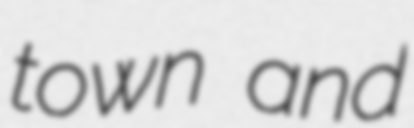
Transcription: town and